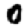
Digit: 0